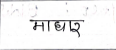
मजकूर: माधार